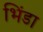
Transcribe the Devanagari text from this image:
भिंडा